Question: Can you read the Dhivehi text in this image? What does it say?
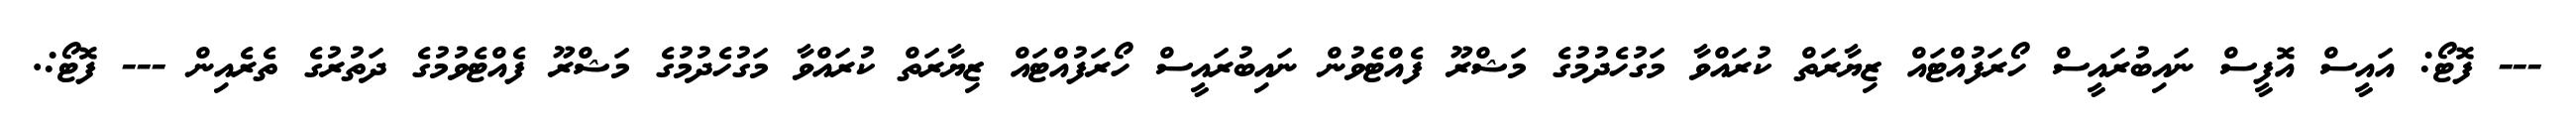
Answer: --- ފޮޓޯ: އައީސް އޮފީސް ނައިބުރައީސް ހޯރަފުއްޓައް ޒިޔާރަތް ކުރައްވާ މަގުހެދުމުގެ މަޝްރޫ ފެއްޓެވުން ނައިބުރައީސް ހޯރަފުއްޓައް ޒިޔާރަތް ކުރައްވާ މަގުހެދުމުގެ މަޝްރޫ ފެއްޓެވުމުގެ ދަތުރުގެ ތެރެއިން --- ފޮޓޯ:.